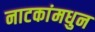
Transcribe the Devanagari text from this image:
नाटकांमधुन